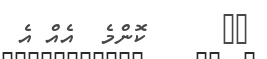
٣٨      ކޮންމެ  އެއް އެ